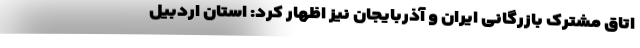
اتاق مشترک بازرگانی ایران و آذربایجان نیز ‌‌اظهار کرد: استان اردبیل